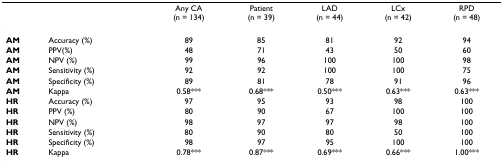
<table><thead><tr><td></td><td></td><td><b>Any CA(n = 134)</b></td><td><b>Patient(n = 39)</b></td><td><b>LAD(n = 44)</b></td><td><b>LCx(n = 42)</b></td><td><b>RPD(n = 48)</b></td></tr></thead><tbody><tr><td><b>AM</b></td><td>Accuracy (%)</td><td>89</td><td>85</td><td>81</td><td>92</td><td>94</td></tr><tr><td><b>AM</b></td><td>PPV(%)</td><td>48</td><td>71</td><td>43</td><td>50</td><td>60</td></tr><tr><td><b>AM</b></td><td>NPV (%)</td><td>99</td><td>96</td><td>100</td><td>100</td><td>98</td></tr><tr><td><b>AM</b></td><td>Sensitivity (%)</td><td>92</td><td>92</td><td>100</td><td>100</td><td>75</td></tr><tr><td><b>AM</b></td><td>Specificity (%)</td><td>89</td><td>81</td><td>78</td><td>91</td><td>96</td></tr><tr><td><b>AM</b></td><td>Kappa</td><td>0.58***</td><td>0.68***</td><td>0.50***</td><td>0.63***</td><td>0.63***</td></tr><tr><td><b>HR</b></td><td>Accuracy (%)</td><td>97</td><td>95</td><td>93</td><td>98</td><td>100</td></tr><tr><td><b>HR</b></td><td>PPV (%)</td><td>80</td><td>90</td><td>67</td><td>100</td><td>100</td></tr><tr><td><b>HR</b></td><td>NPV (%)</td><td>98</td><td>97</td><td>97</td><td>98</td><td>100</td></tr><tr><td><b>HR</b></td><td>Sensitivity (%)</td><td>80</td><td>90</td><td>80</td><td>50</td><td>100</td></tr><tr><td><b>HR</b></td><td>Specificity (%)</td><td>98</td><td>97</td><td>95</td><td>100</td><td>100</td></tr><tr><td><b>HR</b></td><td>Kappa</td><td>0.78***</td><td>0.87***</td><td>0.69***</td><td>0.66***</td><td>1.00***</td></tr></tbody></table>